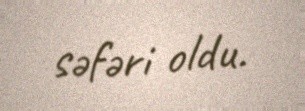
səfəri oldu.